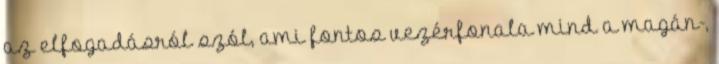
az elfogadásról szól, ami fontos vezérfonala mind a magán-,